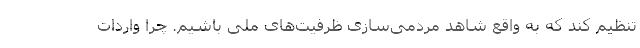
تنظیم کند که به واقع شاهد مردمی‌سازی ظرفیت‌های ملی باشیم. چرا واردات